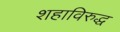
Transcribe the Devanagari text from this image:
शहाविरुद्ध